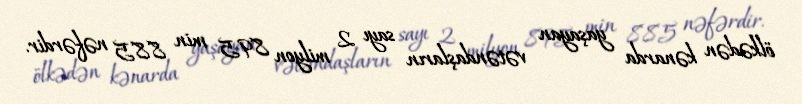
ölkədən kənarda yaşayan vətəndaşların sayı 2 milyon 895 min 885 nəfərdir.